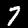
Digit: 7